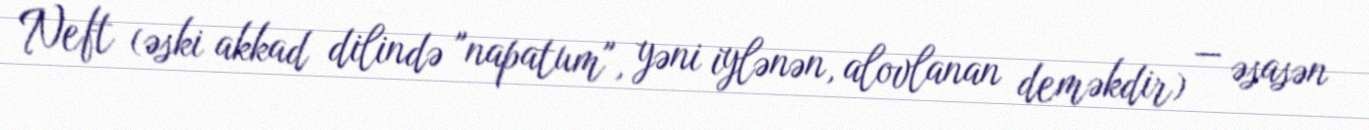
Neft (əski akkad dilində "napatum", yəni iylənən, alovlanan deməkdir) — əsasən